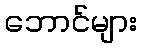
ဘောင်များ